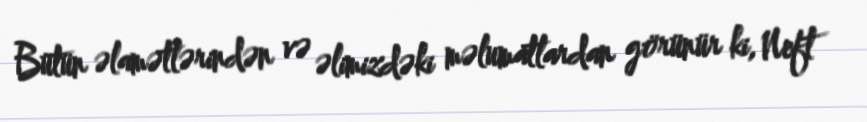
Bütün əlamətlərindən və əlimizdəki məlumatlardan görünür ki, Neft